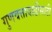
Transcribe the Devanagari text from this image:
गुणवत्तावाढीसाठी